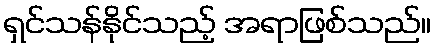
ရှင်သန်နိုင်သည့် အရာဖြစ်သည်။